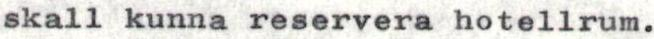
skall kunna reservera hotellrum.